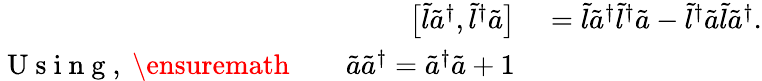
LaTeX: \begin{array}{rl}{\big[\tilde{l}\tilde{a}^{\dagger},\tilde{l}^{\dagger}\tilde{a}\big]}&{{}=\tilde{l}\tilde{a}^{\dagger}\tilde{l}^{\dagger}\tilde{a}-\tilde{l}^{\dagger}\tilde{a}\tilde{l}\tilde{a}^{\dagger}.}\\ {\mathrm{~U~s~i~n~g~,~\ensuremath~{~\quad~}~}\tilde{a}\tilde{a}^{\dagger}=\tilde{a}^{\dagger}\tilde{a}+1}\end{array}